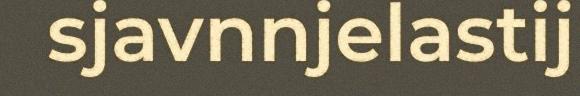
sjavnnjelastij